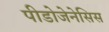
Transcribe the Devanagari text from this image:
पीडोजेनेसिस